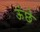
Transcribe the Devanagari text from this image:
ऊंछे